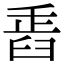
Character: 𦥲